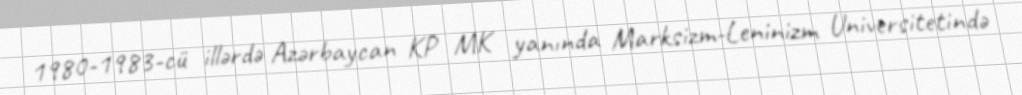
1980-1983-cü illərdə Azərbaycan KP MK yanında Marksizm-Leninizm Universitetində